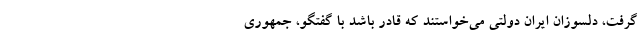
گرفت، دلسوزان ایران دولتی می‌خواستند که قادر باشد با گفتگو، جمهوری